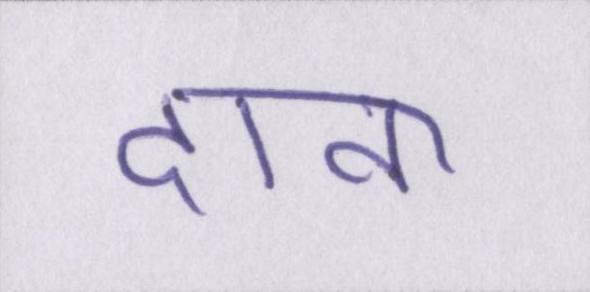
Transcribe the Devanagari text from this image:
दाना